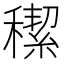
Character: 𥢪